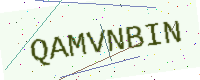
Text: QAMVNBIN